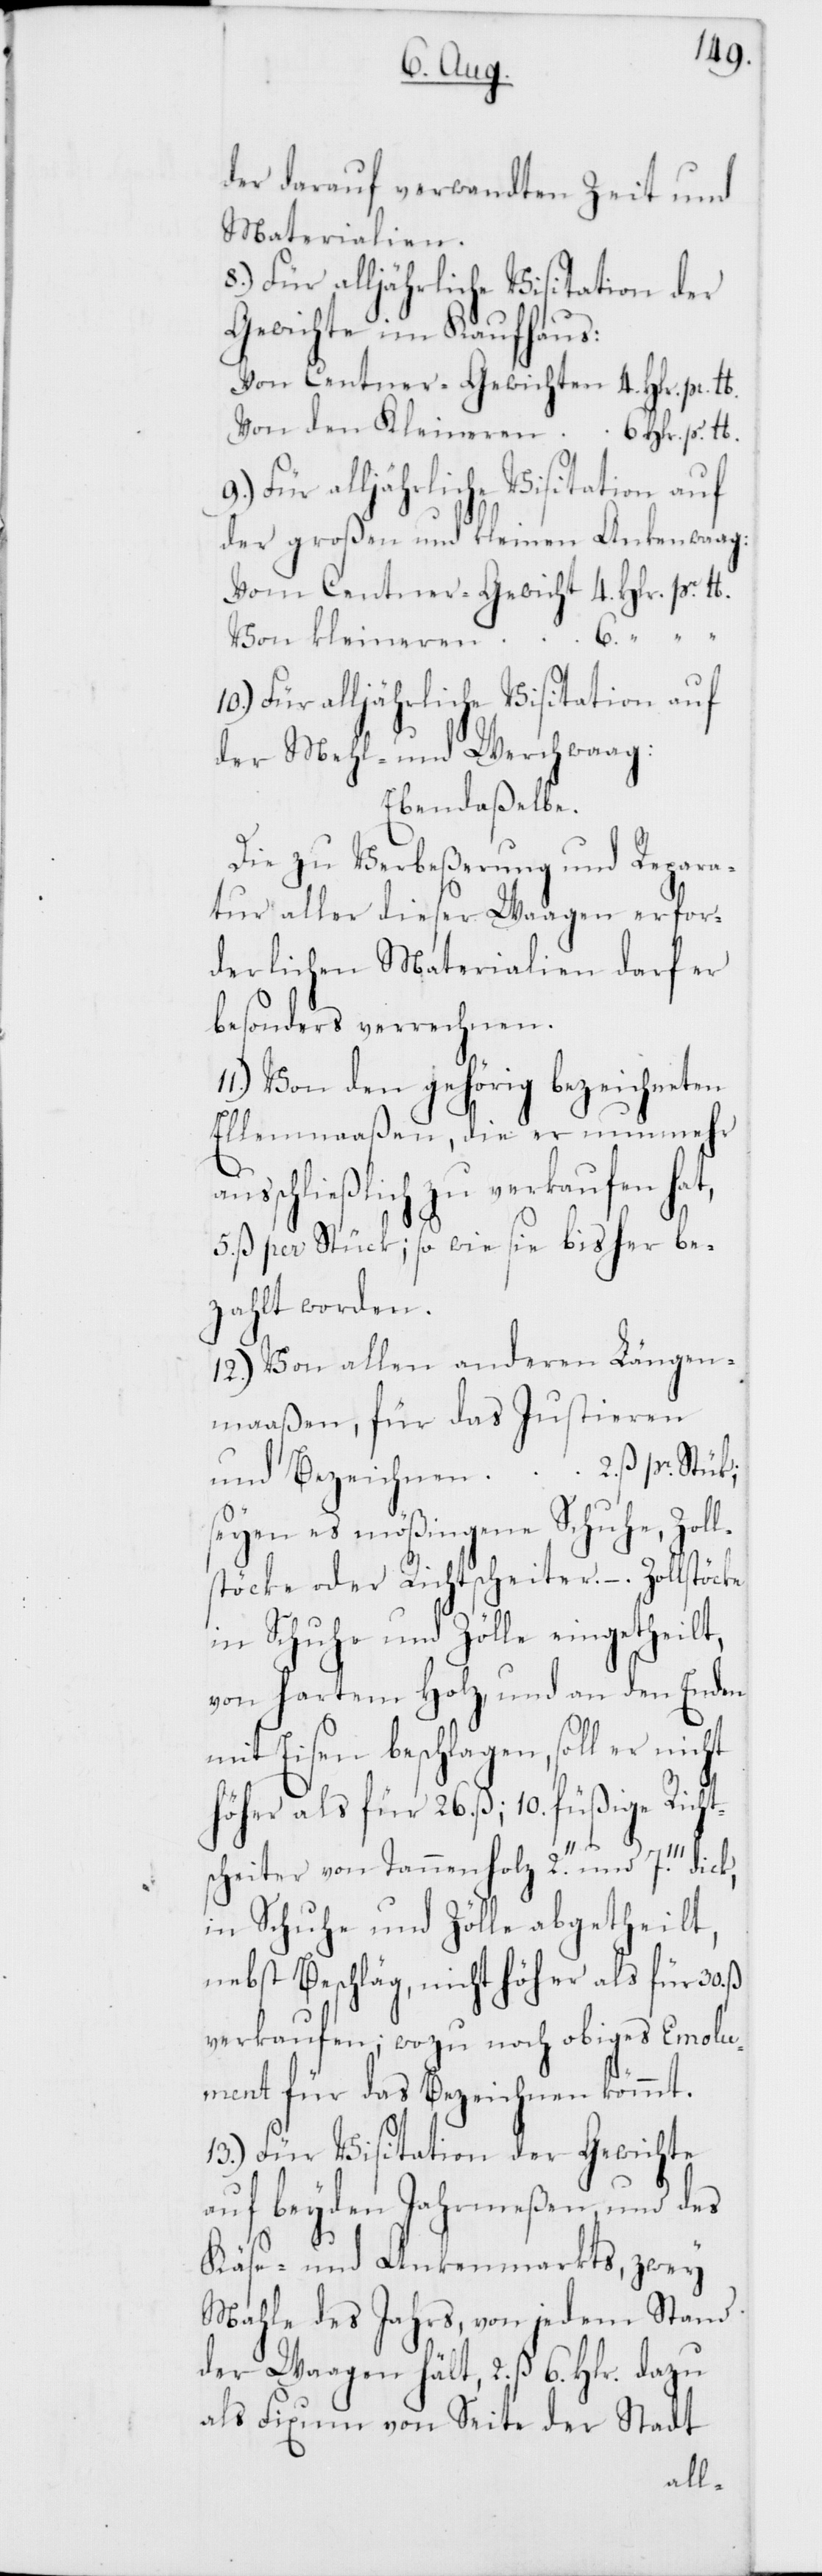
der darauf verwandten Zeit und
Materialien.
8.) Für alljährliche Visitation der
Gewichte im Kaufhaus:
der großen und kleinen Ankenwaag:
Von Centner-Gewichten
Von kleineren
10.) Für alljährliche Visitation auf
der Mehl- und Werchwaag:
Ebendaßelbe.
Die zu Verbeßerung und Repara¬
tur aller dieser Waagen erfor¬
derlichen Materialien darf er
besonders verrechnen.
11.) Von den gehörig bezeichneten
Ellenmaaßen, die er nunmehr
sschließlich zu verkaufen ha¬
5. ß per Stück; so wie sie bisher be¬
zahlt worden.
12.) Von allen anderen Längen¬
maaßen, für das Justieren
und Bezeichnen 2. ß pr. Stück;
seyen es mößingene Schuhe, Zoll¬
stöcke oder Richtscheiter. –. Zollstöcke
in Schuhe und Zölle eingetheilt,
von hartem Holz, und an den Enden
mit Eisen beschlagen, soll er
öher als für 26. ß; 10. füßige Richt¬
h¬
scheiter von Tannenholz 2.’’ und 7.’’’
in Schuhe und Zölle abgetheilt,
nebst Beschläg, nicht höher als für 30.
verkaufen; wozu noch obiges Emolu¬
ment für das Bezeichnen kömmt.
13.) Für Visitation der Gewichte
auf beyden Jahrmeßen, und des
Käse- und Ankenmarkts, zwey
Mahle des Jahrs, von jedem Stand
der Waagen hält, 2. ß 6. Hlr., dazu
als Fixum von Seite der Stadt